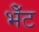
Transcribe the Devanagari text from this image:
भेँट